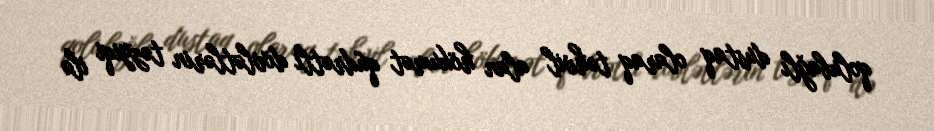
qolubağlı dustaq olaraq təhvil alan hökumət qüdrətli dövlətlərin təzyiqi ilə